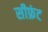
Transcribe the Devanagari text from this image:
सीफ्रंट